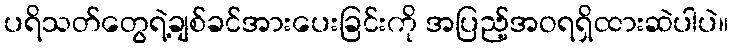
ပရိသတ်တွေရဲ့ချစ်ခင်အားပေးခြင်းကို အပြည့်အဝရရှိထားဆဲပါပဲ။